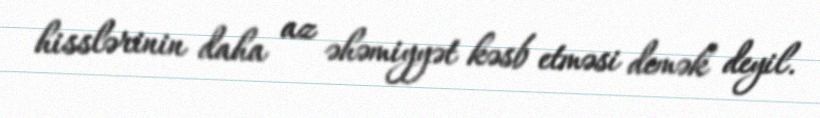
hisslərinin daha az əhəmiyyət kəsb etməsi demək deyil.